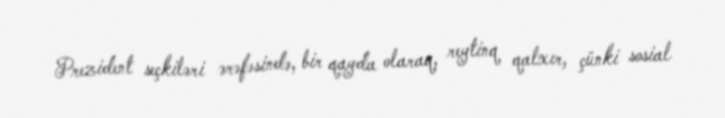
Prezident seçkiləri ərəfəsində, bir qayda olaraq, reytinq qalxır, çünki sosial